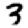
Digit: 3